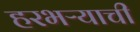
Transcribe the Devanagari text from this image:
हरभऱ्याची